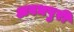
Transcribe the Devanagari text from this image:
अवधपुरी